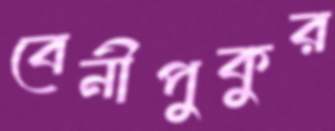
বেনীপুকুর